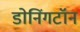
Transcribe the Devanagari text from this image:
डोनिंगटॉन